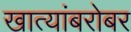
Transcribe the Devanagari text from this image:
खात्यांबरोबर